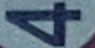
4